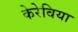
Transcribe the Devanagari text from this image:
केरेबिया